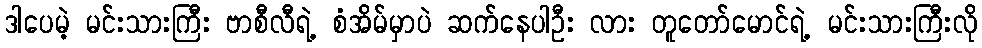
ဒါပေမဲ့ မင်းသားကြီး ဗာစီလီရဲ့ စံအိမ်မှာပဲ ဆက်နေပါဦး လား တူတော်မောင်ရဲ့ မင်းသားကြီးလို